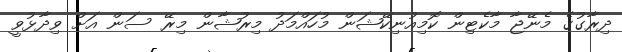
ދިރާގުގެ މެނޭޖާ މާކެޓިން ކޮމިއުނިކޭޝަން މުހައްމަދު މިރުޝާން މިރޭ ސަން އަށް ވިދާޅުވީ